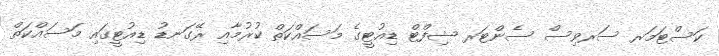
ކަސްޓަމަރ ސަރވިސް ސެންޓަރ ޝިފްޓް ޑިއުޓީގެ މަސައްކަތް ކުރުމާއި ރޭގަނޑު ޑިއުޓީގައި މަސައްކަތް